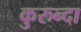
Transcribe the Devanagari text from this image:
कुरुन्दा